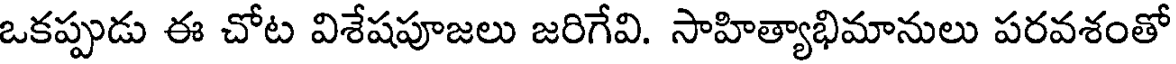
ఒకప్పుడు ఈ చోట విశేషపూజలు జరిగేవి. సాహిత్యాభిమానులు పరవశంతో